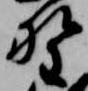
野